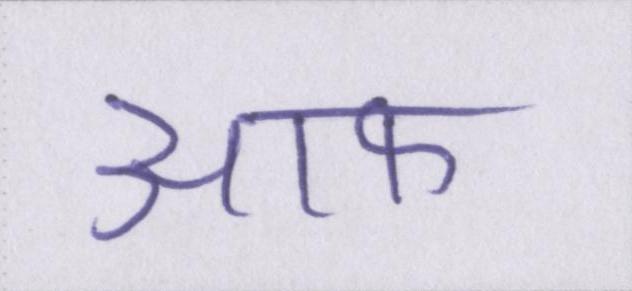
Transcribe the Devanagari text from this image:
आफ